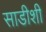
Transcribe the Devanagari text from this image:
साडीशी